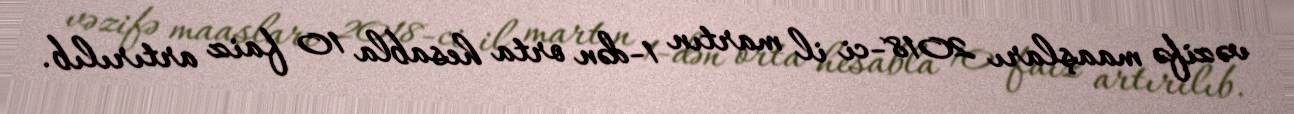
vəzifə maaşları 2018-ci il martın 1-dən orta hesabla 10 faiz artırılıb.